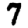
Digit: 7